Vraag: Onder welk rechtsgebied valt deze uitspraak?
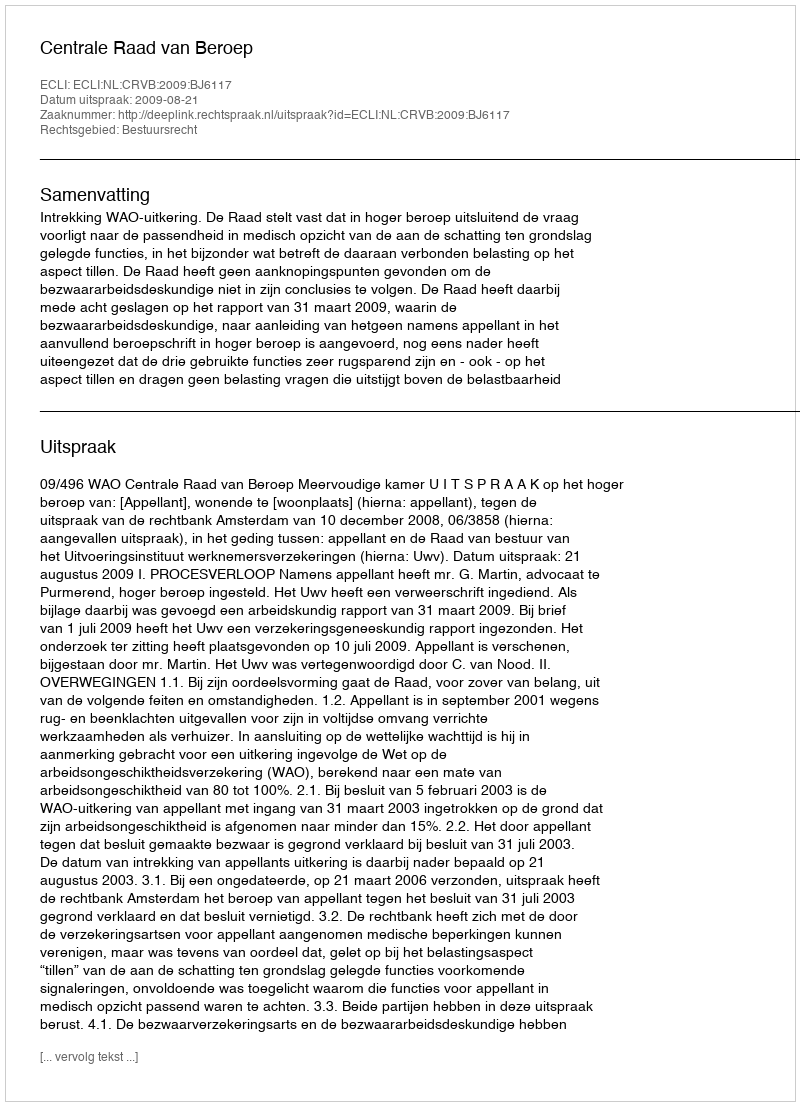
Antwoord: Bestuursrecht